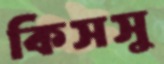
কিসসু